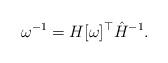
LaTeX: \begin{align*}\omega^{-1}&=H [\omega]^{\top} \hat{H}^{-1}.\end{align*}